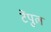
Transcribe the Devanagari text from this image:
टेंपुल